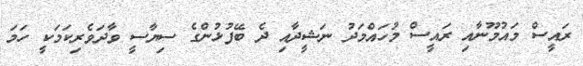
ރައީސް މައުމޫނާއި ރައީސް މުހައްމަދު ނަޝީދާއި ދެ ބޭފުޅުންގެ ސިޔާސީ ވާދަވެރިކަމަކީ ހަމަ